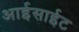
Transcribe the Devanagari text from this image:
आईसाईट